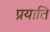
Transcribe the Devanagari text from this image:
प्रयाति